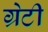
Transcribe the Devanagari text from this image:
ग्रेटी